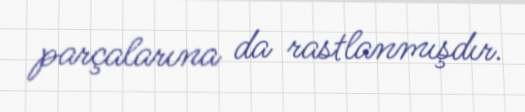
parçalarına da rastlanmışdır.